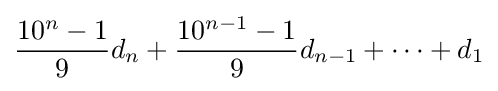
{\frac {10^{n}-1}{9}}d_{n}+{\frac {10^{n-1}-1}{9}}d_{n-1}+\cdots +d_{1}